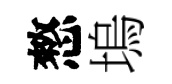
憗塢